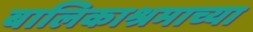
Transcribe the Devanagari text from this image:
बालिकाश्रमाच्या